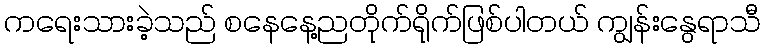
ကရေးသားခဲ့သည် စနေနေ့ညတိုက်ရိုက်ဖြစ်ပါတယ် ကျွန်းနွေရာသီ